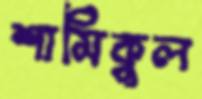
শামিকুল